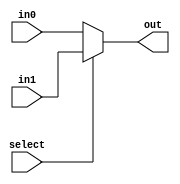
`timescale 1ns / 1ps
module MUX5(select, in0, in1, out);
    // This is a 5 bit mux for selecting WriteRegister
    // If select == 0, choose in0; otherwise choose in1
    input select;
    input [4:0]in0, in1;
    output [4:0]out;
    reg [4:0]out;

    always @ (*)  begin
        if (select == 1'b0)    out <= in0;
        else    out <= in1; 
    end
endmodule